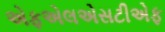
એફએલએસટીએફ